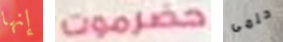
إنها حضرموت حلمى